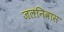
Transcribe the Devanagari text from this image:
जलनिवास